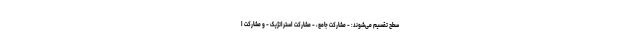
سطح تقسیم می‌شوند: - مشارکت جامع، - مشارکت استراتژیک - و مشارکت ا